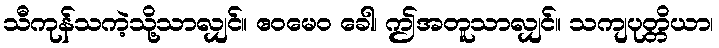
သီကုန်သကဲ့သို့သာလျှင်။ ဧဝမေဝ ခေါ၊ ဤအတူသာလျှင်။ သကျပုတ္တိယာ၊